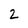
Character: 2